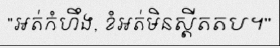
"អត់កំហឹង, ខំអត់មិនស្តីតតប។"